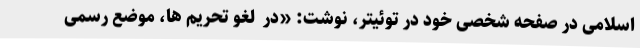
اسلامی در صفحه شخصی خود در توئیتر، نوشت: «در  لغو تحریم ها، موضع رسمی